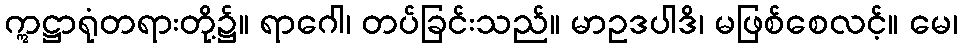
ဣဋ္ဌာရုံတရားတို့၌။ ရာဂေါ၊ တပ်ခြင်းသည်။ မာဥဒပါဒိ၊ မဖြစ်စေလင့်။ မေ၊